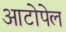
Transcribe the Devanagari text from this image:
आटोपेल